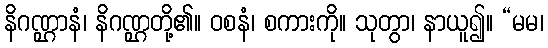
နိဂဏ္ဌာနံ၊ နိဂဏ္ဌတို့၏။ ဝစနံ၊ စကားကို။ သုတွာ၊ နာယူ၍။ “မမ၊